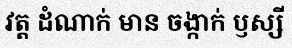
វត្ត ដំណាក់ មាន ចង្កាក់ ឫស្សី